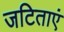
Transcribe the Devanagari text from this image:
जटिताएं